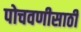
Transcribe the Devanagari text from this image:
पोचवणीसाठी